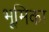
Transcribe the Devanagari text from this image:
भूूमिका